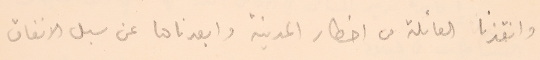
وانقذنا العائلة من اخطار المدينة وابعدناها عن سبل الانفاق